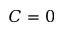
C = 0